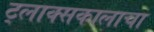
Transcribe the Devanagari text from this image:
ट्लाक्सकालाचा